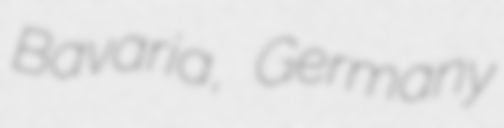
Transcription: Bavaria, Germany